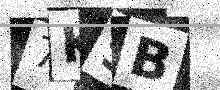
Text: 7K9B